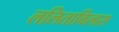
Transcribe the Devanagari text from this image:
ललिताविलास